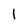
Character: 1